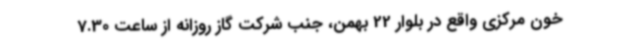
خون مرکزی واقع در بلوار 22 بهمن، جنب شرکت گاز روزانه از ساعت 7.30